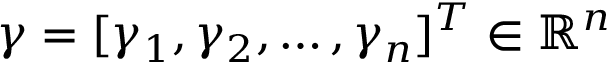
\gamma = [ \gamma _ { 1 } , \gamma _ { 2 } , \dots , \gamma _ { n } ] ^ { T } \in \mathbb { R } ^ { n }